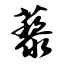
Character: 藜